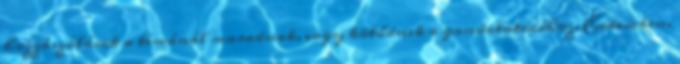
hozzászólások a témánál maradnak, vagy kötődnek a gondolatsorhoz. Érdemben,